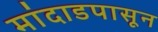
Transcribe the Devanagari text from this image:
मांदाडपासून